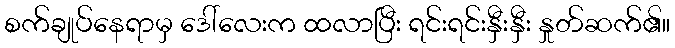
စက်ချုပ်နေရာမှ ဒေါ်လေးက ထလာပြီး ရင်းရင်းနှီးနှီး နှုတ်ဆက်၏။